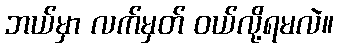
ဘယ်မှာ လက်မှတ် ဝယ်လို့ရမလဲ။